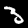
Digit: 3